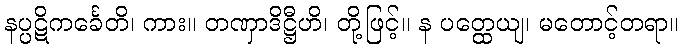
နပ္ပဋိကင်္ခေတိ၊ ကား။ တဏှာဒိဋ္ဌီဟိ၊ တို့ဖြင့်။ န ပတ္ထေယျ၊ မတောင့်တရာ။